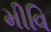
મીવિ